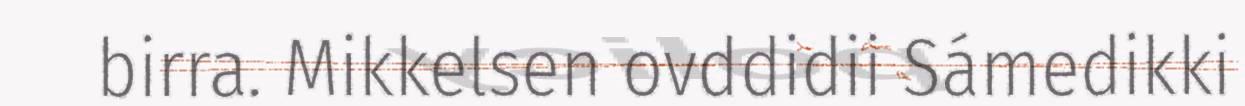
birra. Mikkelsen ovddidii Sámedikki